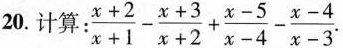
20.计算:$$\frac{x+2}{x+1}-\frac{x+3}{x+2}+\frac{x-5}{x-4}- \frac{x-4}{x-3}$$.